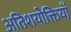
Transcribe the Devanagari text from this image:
अतिशयोक्तियाँ